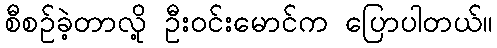
စီစဉ်ခဲ့တာလို့ ဦးဝင်းမောင်က ပြောပါတယ်။